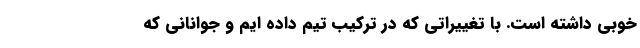
خوبی داشته است. با تغییراتی که در ترکیب تیم داده ایم و جوانانی که